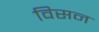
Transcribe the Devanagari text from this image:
विसन